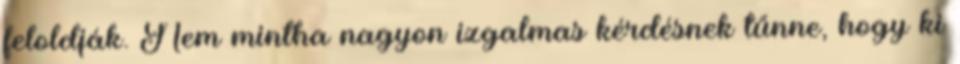
feloldják. Nem mintha nagyon izgalmas kérdésnek tűnne, hogy ki